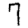
Digit: 7